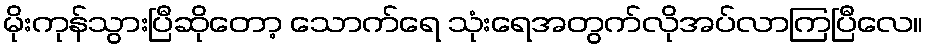
မိုးကုန်သွားပြီဆိုတော့ သောက်ရေ သုံးရေအတွက်လိုအပ်လာကြပြီလေ။